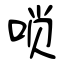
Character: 唢